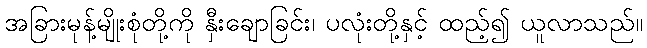
အခြားမုန့်မျိုးစုံတို့ကို နှီးချောခြင်း၊ ပလုံးတို့နှင့် ထည့်၍ ယူလာသည်။